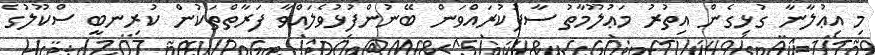
މި އިޢުލާނާ ގުޅިގެން އިތުރު މަޢުލޫމާތު ސާފުކުރައްވަން ބޭނުންފުޅުވެލައްވާ ފަރާތްތަކުން ކުރިނބީ ސްކޫލުގެ